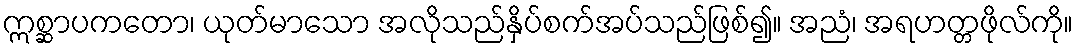
ဣစ္ဆာပကတော၊ ယုတ်မာသော အလိုသည်နှိပ်စက်အပ်သည်ဖြစ်၍။ အညံ၊ အရဟတ္တဖိုလ်ကို။